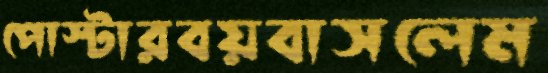
পোস্টারবয়বাসলেম